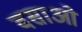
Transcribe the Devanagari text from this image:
वसाओ